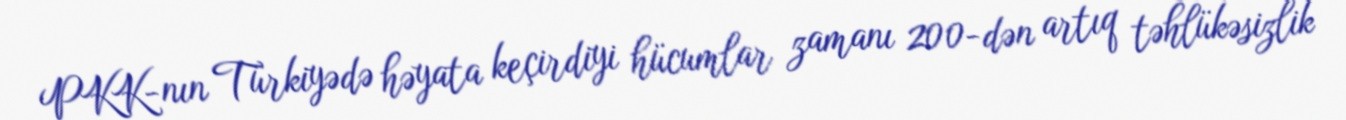
PKK-nın Türkiyədə həyata keçirdiyi hücumlar zamanı 200-dən artıq təhlükəsizlik